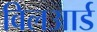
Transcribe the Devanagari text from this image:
विलआर्ड